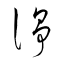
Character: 諍